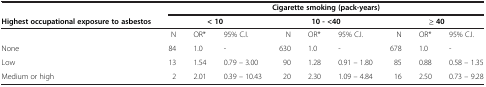
<table><thead><tr><td><b> </b></td><td colspan="9"><b>Cigarette smoking (pack-years)</b></td></tr></thead><tbody><tr><td><b>Highest occupational exposure to asbestos</b></td><td colspan="3"><b>&lt;</b><b> 10</b></td><td colspan="3"><b>10 - &lt;40</b></td><td colspan="3"><b>≥</b><b> 40</b></td></tr><tr><td> </td><td>N</td><td>OR*</td><td>95% C.I.</td><td>N</td><td>OR*</td><td>95% C.I.</td><td>N</td><td>OR*</td><td>95% C.I.</td></tr><tr><td>None</td><td>84</td><td>1.0</td><td>-</td><td>630</td><td>1.0</td><td>-</td><td>678</td><td>1.0</td><td>-</td></tr><tr><td>Low</td><td>13</td><td>1.54</td><td>0.79 – 3.00</td><td>90</td><td>1.28</td><td>0.91 – 1.80</td><td>85</td><td>0.88</td><td>0.58 – 1.35</td></tr><tr><td>Medium or high</td><td>2</td><td>2.01</td><td>0.39 – 10.43</td><td>20</td><td>2.30</td><td>1.09 – 4.84</td><td>16</td><td>2.50</td><td>0.73 – 9.28</td></tr></tbody></table>